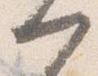
門